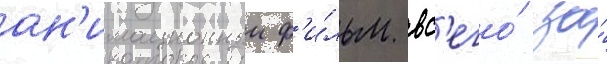
ан'имационныи ф'и́льм вс'его́ за́